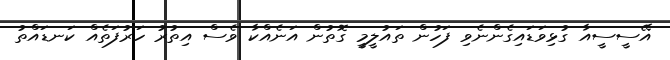
އޭސީސީއާ ގުޅިވަޑައިގެންނެވި ފަހުން ތައުލީމީ ގޮތުން އަނެއްކާ ވެސް އިތުރު ހަރުފަތެއް ކަނޑައްތު